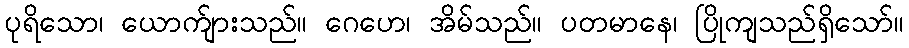
ပုရိသော၊ ယောက်ျားသည်။ ဂေဟေ၊ အိမ်သည်။ ပတမာနေ၊ ပြိုကျသည်ရှိသော်။